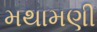
મથામણી